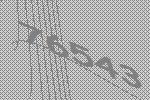
76543